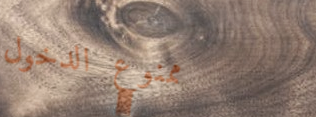
ممنوع الدخول